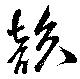
韻